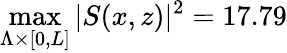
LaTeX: \operatorname*{max}_{\Lambda\times\lbrack 0,L\rbrack}\vert S(x,z)\vert^{2}=17.79